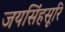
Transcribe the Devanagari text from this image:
जयसिंहसूरि